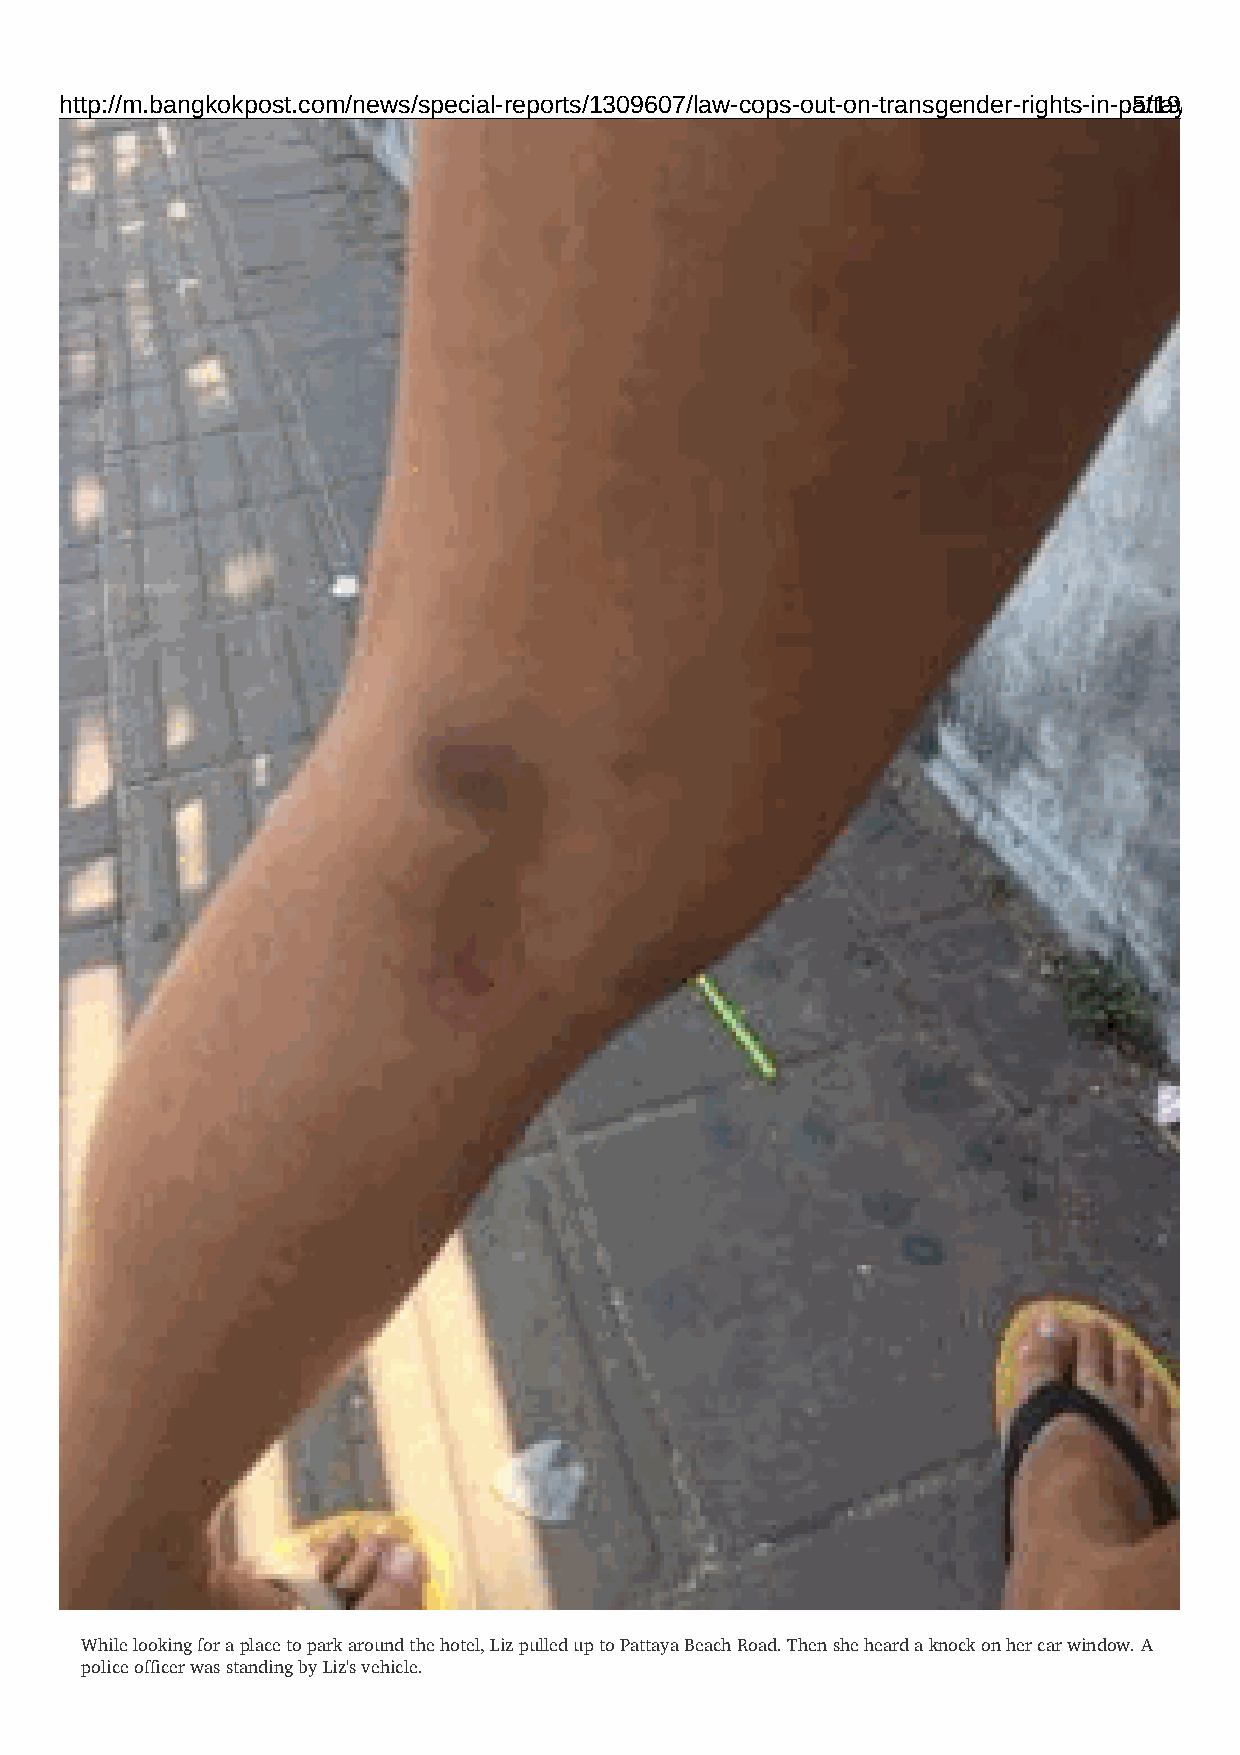
http://m.bangkokpost.com/news/special-reports/1309607/law-cops-out-on-transgender-rights-in-pa5t/t1a9ya
 While looking for a place to park around the hotel, Liz pulled up to Pattaya Beach Road. Then she heard a knock on her car window. A
 police officer was standing by Liz's vehicle.